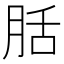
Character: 䏦